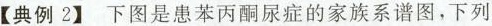
【典例2】下图是患苯丙酮尿症的家族系谱图，下列